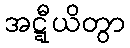
အဋ္ဋီယိတွာ